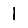
Digit: 1